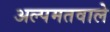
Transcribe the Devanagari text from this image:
अल्पमतवाले